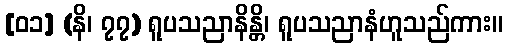
[၀၁] (နိ၊ ၇၇) ရူပသညာနိန္တိ၊ ရူပသညာနံဟူသည်ကား။